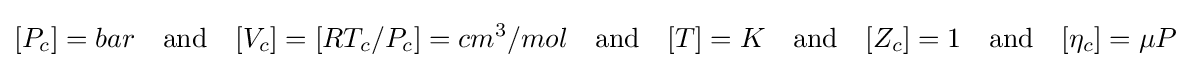
[P_{c}]=bar\quad {\text{and}}\quad [V_{c}]=[RT_{c}/P_{c}]=cm^{3}/mol\quad {\text{and}}\quad [T]=K\quad {\text{and}}\quad [Z_{c}]=1\quad {\text{and}}\quad [\eta _{c}]=\mu P